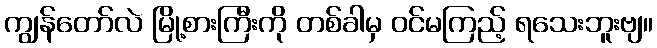
ကျွန်တော်လဲ မြို့စားကြီးကို တစ်ခါမှ ဝင်မကြည့် ရသေးဘူးဗျ။